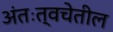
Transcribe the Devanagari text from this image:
अंतःत्वचेतील